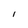
Character: i